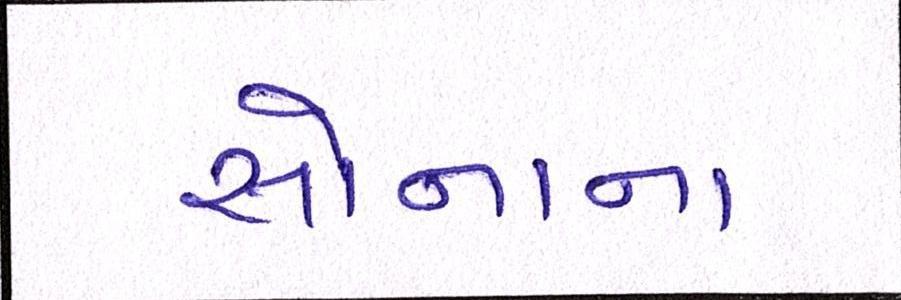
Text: સોનાના